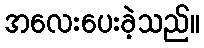
အလေးပေးခဲ့သည်။